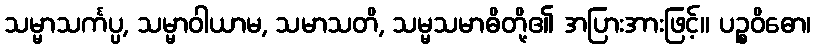
သမ္မာသင်္ကပ္ပ, သမ္မာဝါယာမ, သမာသတိ, သမ္မသမာဓိတို့၏ အပြားအားဖြင့်။ ပဉ္စဝိဓော၊